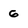
Character: 6